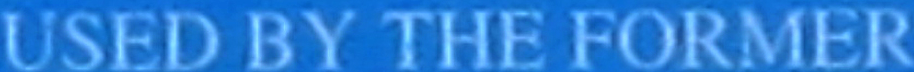
USED BY THE FORMER